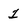
Character: 1